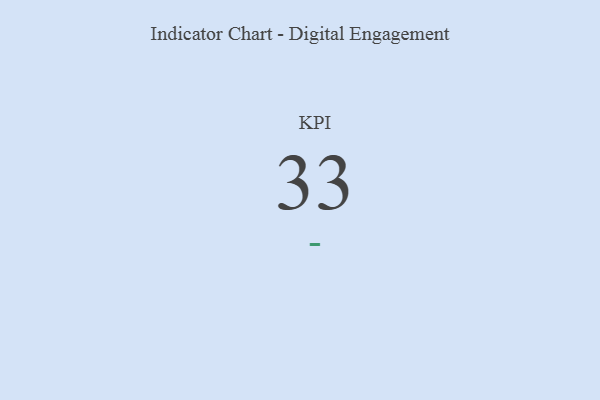
{"axis": {"x": "KPI", "y": "Value"}, "legend": [""], "data": [{"x": "KPI", "y": 33, "type": ""}]}